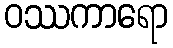
ဝဿကာရော